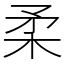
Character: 柔